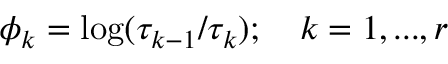
\phi _ { k } = \log ( \tau _ { k - 1 } / \tau _ { k } ) ; \quad k = 1 , . . . , r